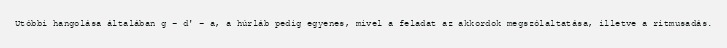
Utóbbi hangolása általában g – d' – a, a húrláb pedig egyenes, mivel a feladat az akkordok megszólaltatása, illetve a ritmusadás.